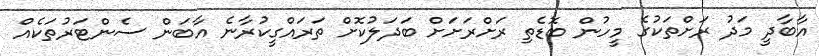
އާބާދީ މަދު ރަށްތަކުގެ މީހުން ބޮޑެތި ރަށްރަށަށް ބަދަލުކޮށް ތަރައްގީކުރާނެ އާބަން ސެންޓަރުތަކެއް